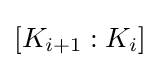
[K_{i+1}:K_{i}]